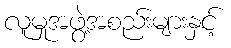
လူမှုအဖွဲ့အစည်းများနှင့်